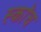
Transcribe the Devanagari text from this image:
स्काॅच